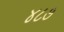
૪૮૭